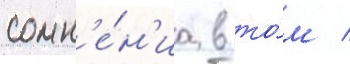
сомн'е́н'иа в то́м /